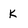
Character: K